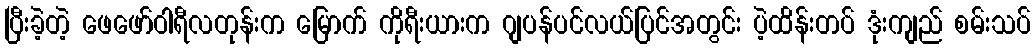
ပြီးခဲ့တဲ့ ဖေဖော်ဝါရီလတုန်းက မြောက် ကိုရီးယားက ဂျပန်ပင်လယ်ပြင်အတွင်း ပဲ့ထိန်းတပ် ဒုံးကျည် စမ်းသပ်